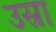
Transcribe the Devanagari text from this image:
उस्रा